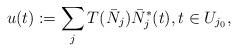
LaTeX: \begin{align*}u(t) := \sum_j T(\bar N_j) \bar N_j^*(t),t\in U_{j_0},\end{align*}